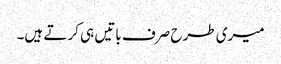
میری طرح صرف باتیں ہی کرتے ہیں۔